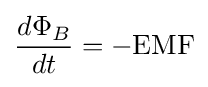
{\frac {d\Phi _{B}}{dt}}=-\mathrm {EMF}